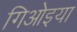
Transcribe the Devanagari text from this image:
गिओइया